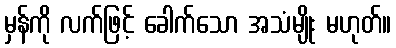
မှန်ကို လက်ဖြင့် ခေါက်သော အသံမျိုး မဟုတ်။